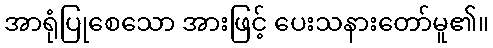
အာရုံပြုစေသော အားဖြင့် ပေးသနားတော်မူ၏။